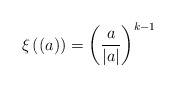
\begin{align*} \xi\left((a)\right) = \left(\frac{a}{|a|}\right)^{k-1}\end{align*}